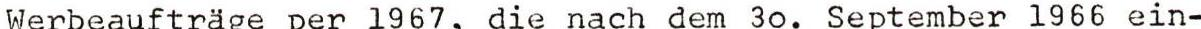
Werbeauftrage per 1967, die nach dem 3o. September l966 ein-